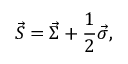
\vec { S } = \vec { \Sigma } + \frac { 1 } { 2 } \vec { \sigma } ,